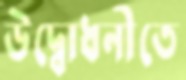
উদ্বোধনীতে